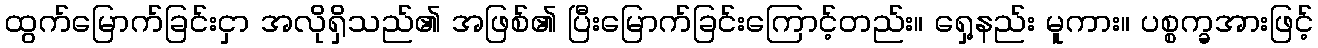
ထွက်မြောက်ခြင်းငှာ အလိုရှိသည်၏ အဖြစ်၏ ပြီးမြောက်ခြင်းကြောင့်တည်း။ ရှေ့နည်း မူကား။ ပစ္စက္ခအားဖြင့်